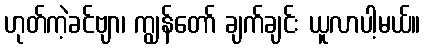
ဟုတ်ကဲ့ခင်ဗျာ၊ ကျွန်တော် ချက်ချင်း ယူလာပါ့မယ်။